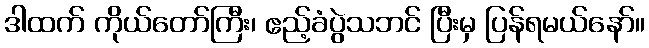
ဒါထက် ကိုယ်တော်ကြီး၊ ဧည့်ခံပွဲသဘင် ပြီးမှ ပြန်ရမယ်နော်။